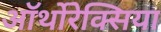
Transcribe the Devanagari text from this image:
ऑर्थोरेक्सिया